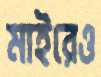
মাইরেও